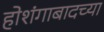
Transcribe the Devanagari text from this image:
होशंगाबादच्या